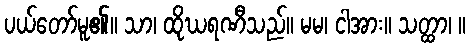
ပယ်တော်မူ၏။ သာ၊ ထိုဃရဏီသည်။ မမ၊ ငါအား။ သတ္ထာ၊ ။